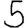
Digit: 5